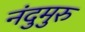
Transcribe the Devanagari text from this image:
नंदुमुरु